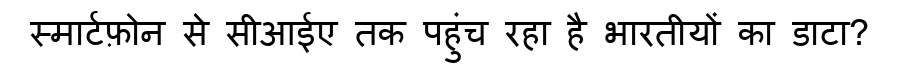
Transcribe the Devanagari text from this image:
स्मार्टफ़ोन से सीआईए तक पहुंच रहा है भारतीयों का डाटा?